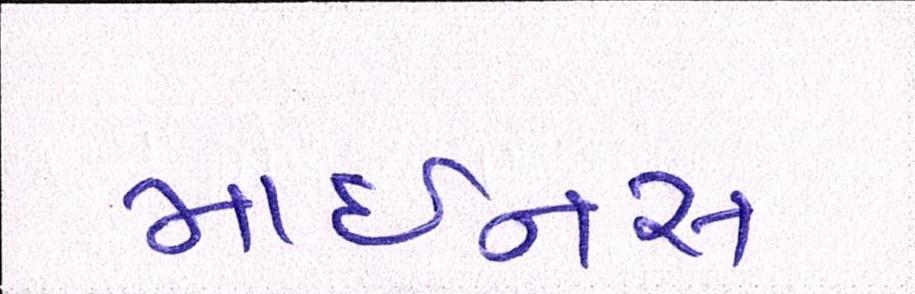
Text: માઇનસ